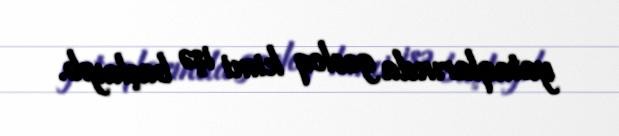
yataqlarında geoloq kimi işə başlayıb.